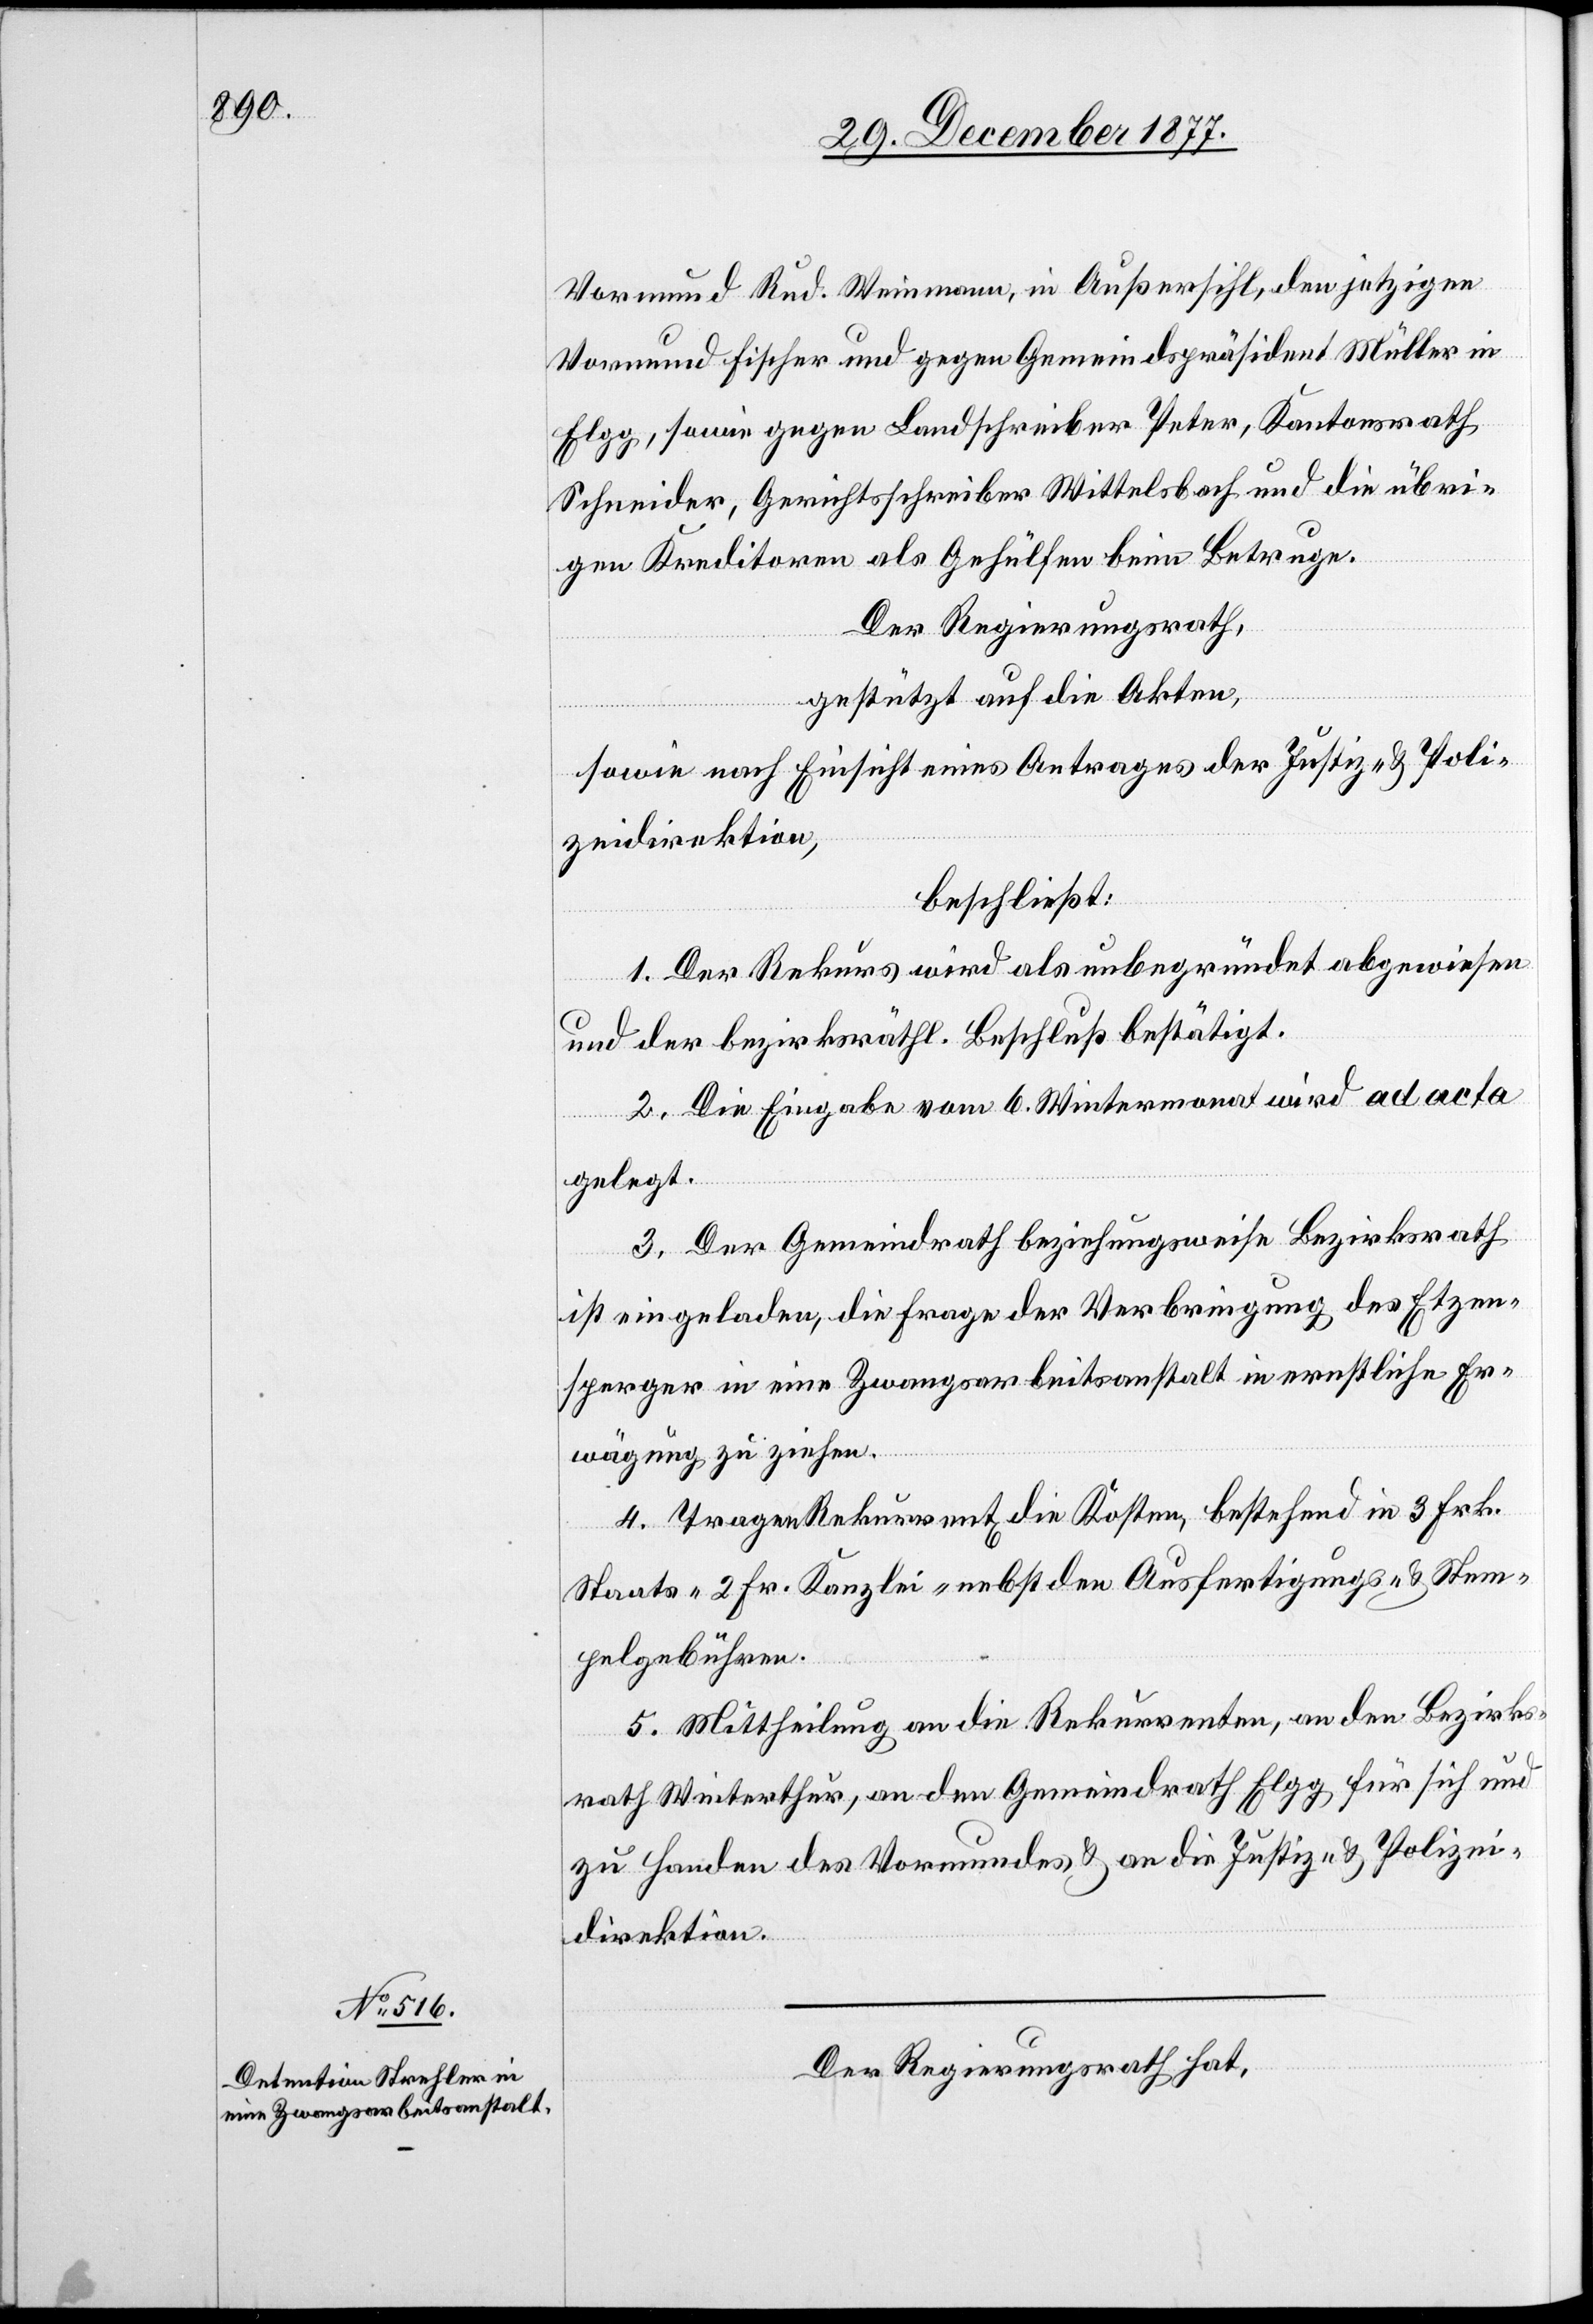
Vormund Rud. Weinmann, in Außersihl, den jetzigen
Vormund Fischer und gegen Gemeindspräsident Müller in
Elgg, sowie gegen Landschreiber Peter, Kantonsrath
Schneider, Gerichtsschreiber Wittelsbach und die übri¬
gen Kreditoren als Gehülfen beim Betruge.
Der Regierungsrath,
gestützt auf die Akten,
sowie nach Einsicht eines Antrages der Justiz- & Poli¬
zeidirektion,
beschließt:
1. Der Rekurs wird als unbegründet abgewiesen
und der bezirksräthl. Beschluß bestätigt.
2. Die Eingabe vom 6. Wintermonat wird ad acta
gelegt.
3. Der Gemeindrath beziehungsweise Bezirksrath
ist eingeladen, die Frage der Verbringung des Etzen¬
sperger in eine Zwangsarbeitsanstalt in ernstliche Er¬
wägung zu ziehen.
4. Tragen Rekurrent[en] die Kosten, bestehend in 3 Frk.
Staats-[,] 2 Fr. Kanzlei-[,] nebst den Ausfertigungs- & Stem¬
pelgebühren.
5. Mittheilung an die Rekurrenten, an den Bezirks¬
rath Winterthur, an den Gemeindrath Elgg für sich und
zu Handen des Vormundes & an die Justiz- & Polizei¬
direktion.
Der Regierungsrath hat,